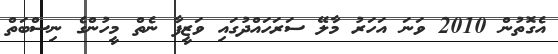
އެގޮތުން 2010 ވަނަ އަހަރު މާލޭ ސަރަހައްދުގައި ވަޒީފާ ނެތް މީހުންގެ ނިސްބަތް